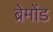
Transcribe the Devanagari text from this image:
ब्रेमोंड